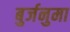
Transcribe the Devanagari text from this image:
बुर्जनुमा